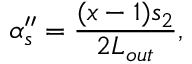
\alpha _ { s } ^ { \prime \prime } = \frac { ( x - 1 ) s _ { 2 } } { 2 L _ { o u t } } ,